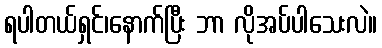
ရပါတယ်ရှင်၊နောက်ပြီး ဘာ လိုအပ်ပါသေးလဲ။